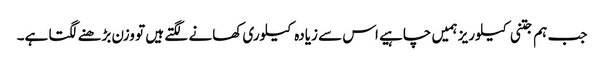
جب ہم جتنی کیلوریز ہمیں چاہیے اس سے زیادہ کیلوری کھانے لگتے ہیں تو وزن بڑھنے لگتا ہے۔